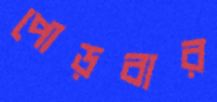
পোড়বার